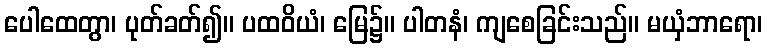
ပေါထေတွာ၊ ပုတ်ခတ်၍။ ပထဝိယံ၊ မြေ၌။ ပါတနံ၊ ကျစေခြင်းသည်။ မယှံဘာရော၊